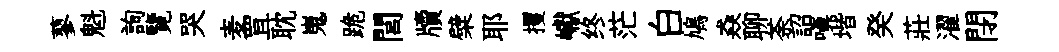
蓼魁詢覽哭麦罝耽嵬跪閭牘檗耶攫巘终茫白鳩猋聊荼詔嗔堦癸莊濯閉